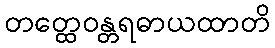
တတ္ထေဝန္တရဓာယထာတိ